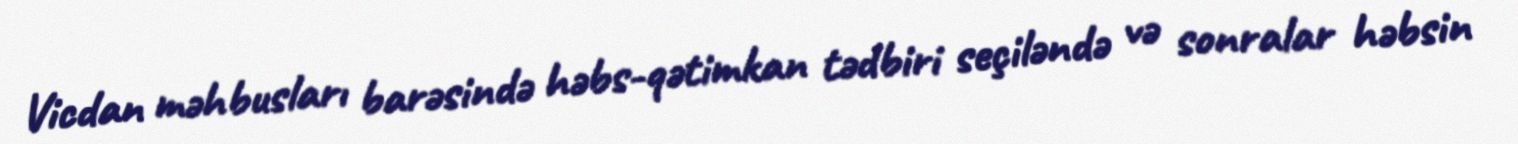
Vicdan məhbusları barəsində həbs-qətimkan tədbiri seçiləndə və sonralar həbsin